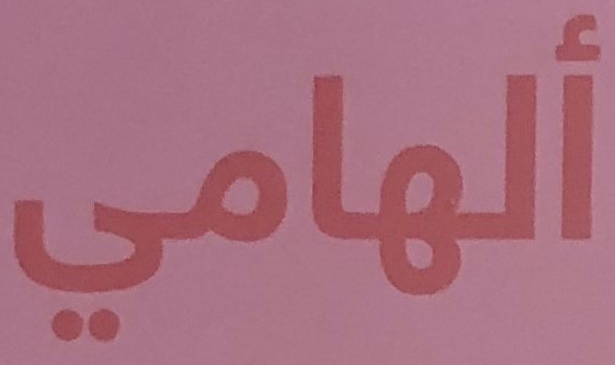
ألهامي